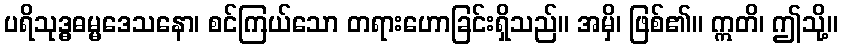
ပရိသုဒ္ဓဓမ္မဒေသနော၊ စင်ကြယ်သော တရားဟောခြင်းရှိသည်။ အမှိ၊ ဖြစ်၏။ ဣတိ၊ ဤသို့။